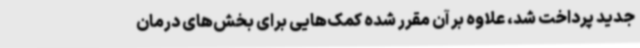
جدید پرداخت شد، علاوه بر آن مقرر شده کمک‌هایی برای بخش‌های درمان